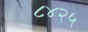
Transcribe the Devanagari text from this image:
८४२५